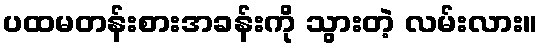
ပထမတန်းစားအခန်းကို သွားတဲ့ လမ်းလား။